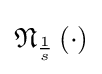
{\mathfrak {N}}_{\frac {1}{s}}\left(\cdot \right)